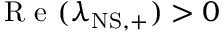
\mathrm { ~ R ~ e ~ } ( \lambda _ { \mathrm { N S , + } } ) > 0